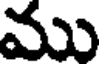
ము